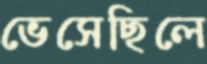
ভেসেছিলে